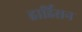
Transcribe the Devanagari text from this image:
हार्डिसन